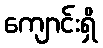
ကျောင်းရှိ